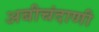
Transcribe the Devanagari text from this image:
अबीचंदाणी